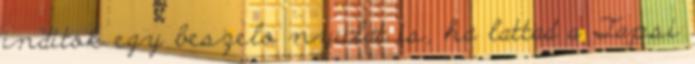
inditok egy beszelo nyulat is, ha lattad a Tapsi